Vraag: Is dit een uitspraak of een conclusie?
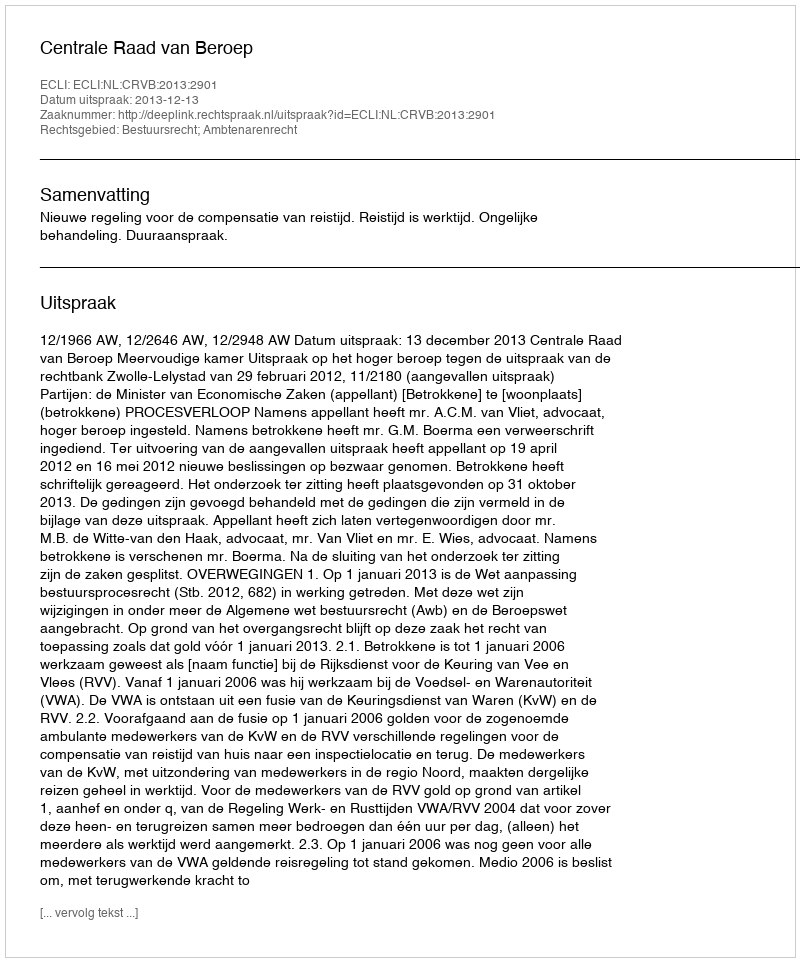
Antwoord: Uitspraak